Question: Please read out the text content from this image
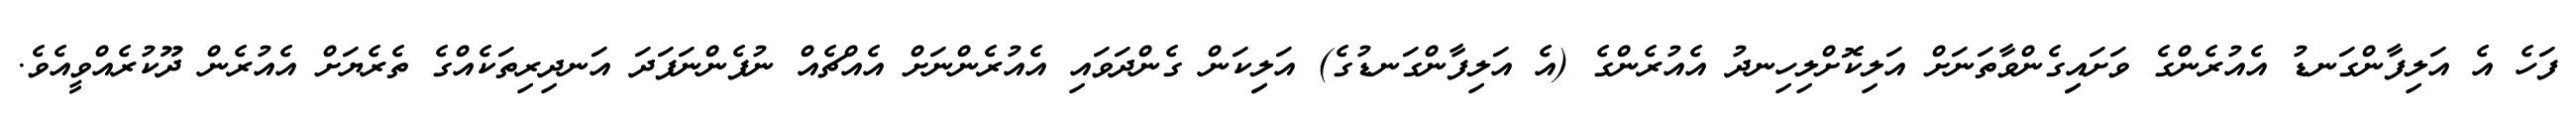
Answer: ފަހެ އެ އަލިފާންގަނޑު އެއުރެންގެ ވަށައިިގެންވާތަނަށް އަލިކޮށްލިހިނދު އެއުރެންގެ (އެ އަލިފާންގަނޑުގެ) އަލިިކަން ގެންދަވައި އެއުރެންނަށް އެއްޗެއް ނުފެންނަފަދަ އަނދިރިތަކެއްގެ ތެރެޔަށް އެއުރެން ދޫކުރެއްވީއެވެ.